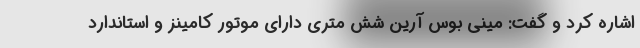
اشاره کرد و گفت: مینی بوس آرین شش متری دارای موتور کامینز و استاندارد